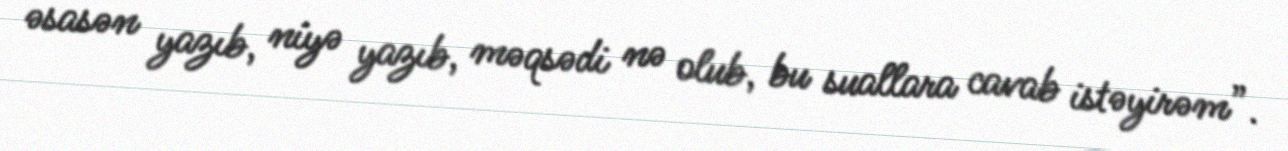
əsasən yazıb, niyə yazıb, məqsədi nə olub, bu suallara cavab istəyirəm”.